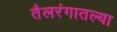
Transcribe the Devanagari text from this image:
तैलरंगातल्या